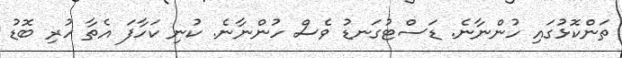
ތަންކޮޅުގައި ހުންނާނެ. ޑަސްޓުގަނޑު ވެސް ހުންނާނެ. ކުނި ކަހާފަ އެތާ ހުރި ބޮޑު